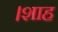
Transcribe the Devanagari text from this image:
।शाह